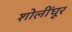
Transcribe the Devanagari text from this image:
शोलींघूर